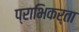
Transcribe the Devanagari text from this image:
प्राभिकर्ता